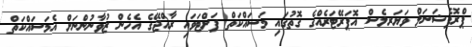
ޕްރޮފެޝަނަލް ވަޔަރލެސް އޮޕަރޭޓަރެއްގެ ގޮތުގައި މަސައްކަތް ފަށްޓަވައި ރާއްޖޭގެ އެހެން ޒުވާނުންނަށް އެމަސައްކަތް